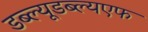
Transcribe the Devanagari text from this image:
डब्ल्यूडब्ल्यएफ